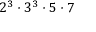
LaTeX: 2 ^ { 3 } \cdot 3 ^ { 3 } \cdot 5 \cdot 7